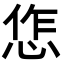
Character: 㤰